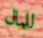
للمال